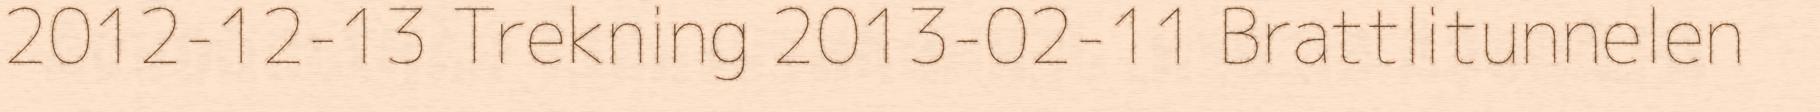
2012-12-13 Trekning 2013-02-11 Brattlitunnelen